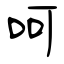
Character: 呵